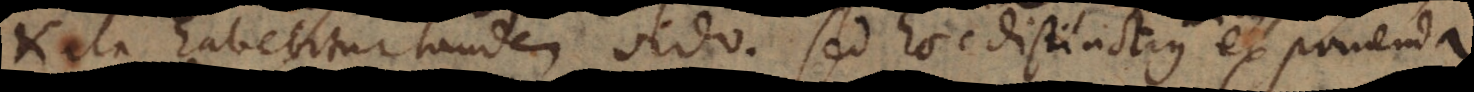
ita habebitur tandem ordo. Sed hoc distinctius exponenda.